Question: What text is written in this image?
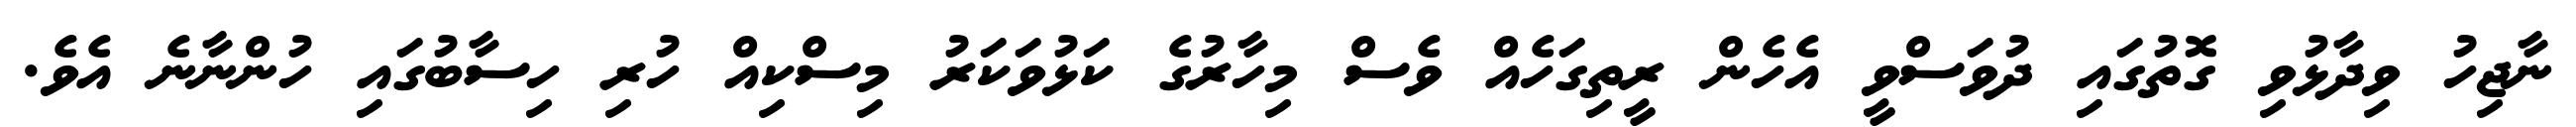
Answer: ނާޖިހު ވިދާޅުވި ގޮތުގައި ދުވަސްވީ އެހެން ރީތިގަހެއް ވެސް މިހާރުގެ ކަޅުވަކަރު މިސްކިއް ހުރި ހިސާބުގައި ހުންނާނެ އެވެ.